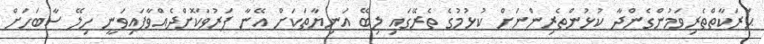
ޙަރަކާތްތެރިވަމުންގެންދާ ކުޅުންތެރިންނަށް ކުޅުމުގެ ތެރޭގައި ލިބޭ އަނިޔާތަކަށް އޭނާ ފަރުވާކޮށްދެއްވާފައިވަނީ ހިލޭ ސާބަހަށް